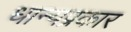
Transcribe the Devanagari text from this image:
धान्यप्रकार